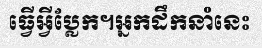
ធ្វើអ្វីប្លែក។អ្នកដឹកនាំនេះ